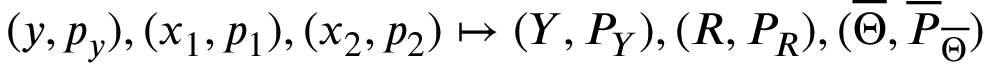
( y , p _ { y } ) , ( x _ { 1 } , p _ { 1 } ) , ( x _ { 2 } , p _ { 2 } ) \mapsto ( Y , P _ { Y } ) , ( R , P _ { R } ) , ( \overline { { { \Theta } } } , \overline { { { P } } } _ { \overline { { { \Theta } } } } )